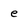
Character: e